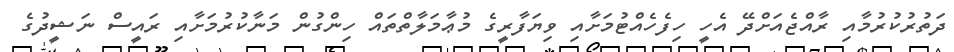
ދަތުރުކުރުމާއި ރާއްޖެއަށްދޭ އެހީ ހިފެހެއްޓުމަށާއި ވިޔަފާރީގެ މުޢާމަލާތްތައް ހިންގުން މަނާކުރުމަށާއި ރައީސް ނަޝީދުގެ